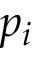
p _ { i }